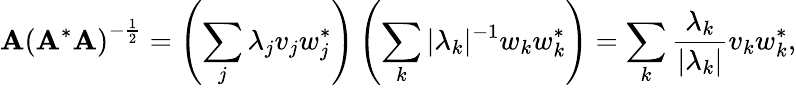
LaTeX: \mathbf{A}\left(\mathbf{A}^{*}\mathbf{A}\right)^{-{\frac{{1}}{{2}}}}=\left(\sum_{j}\lambda_{j}v_{j}w_{j}^{*}\right)\left(\sum_{k}|\lambda_{k}|^{-1}w_{k}w_{k}^{*}\right)=\sum_{k}{\frac{{\lambda_{k}}}{{|\lambda_{k}|}}}v_{k}w_{k}^{*},